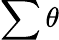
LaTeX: \sum\theta